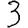
Digit: 3